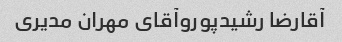
آقارضا رشیدپوروآقای مهران مدیری